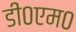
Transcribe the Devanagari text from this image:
डी०एम०